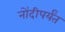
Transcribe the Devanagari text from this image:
नोंदीपर्यंत